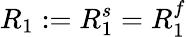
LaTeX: R_{1}:=R_{1}^{s}=R_{1}^{f}